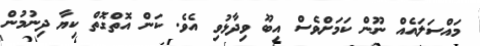
މައްސަލައެއް ނޫން ކަމަށްވެސް އިބޫ ވިދާޅުވި އެވެ. ކަން އޮތްގޮތް ކިޔާ ދިނުމުން